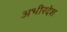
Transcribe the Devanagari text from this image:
अभीरदेश